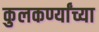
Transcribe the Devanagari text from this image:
कुलकर्ण्यांच्या